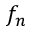
f _ { n }